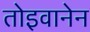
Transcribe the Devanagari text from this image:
तोइवानेन